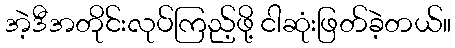
အဲ့ဒီအတိုင်းလုပ်ကြည့်ဖို့ ငါဆုံးဖြတ်ခဲ့တယ်။